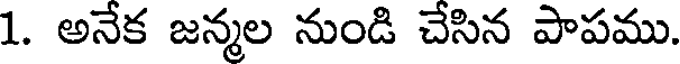
1. అనేక జన్మల నుండి చేసిన పాపము.